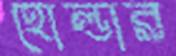
হোল্ডার